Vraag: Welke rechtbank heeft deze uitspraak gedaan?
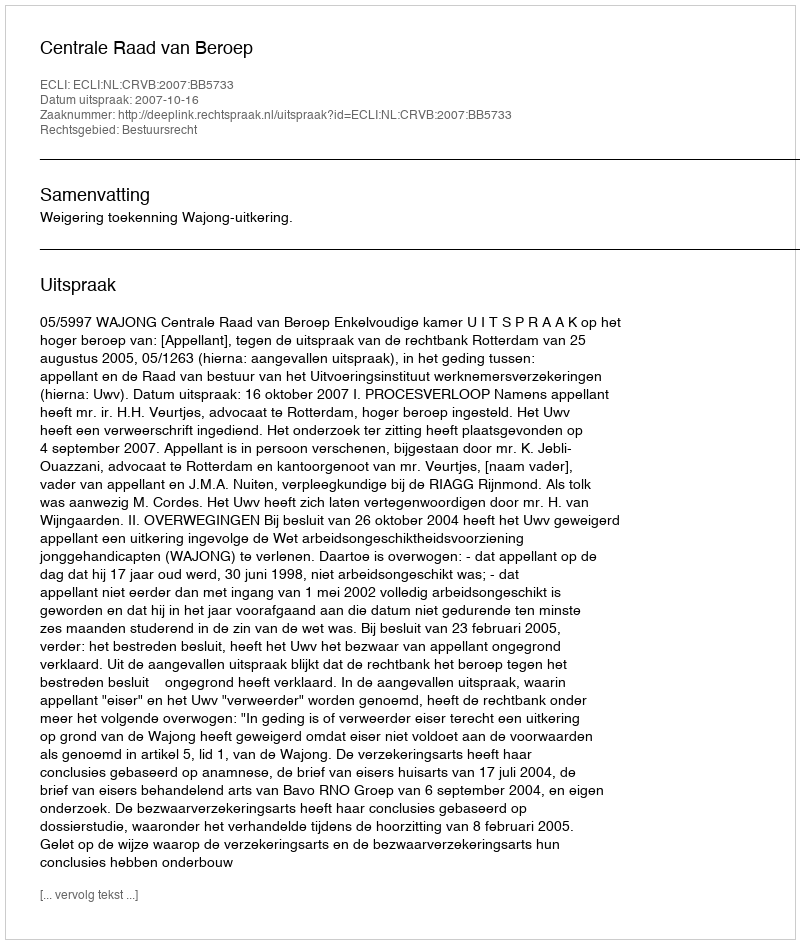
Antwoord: Centrale Raad van Beroep